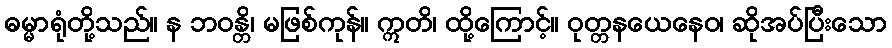
ဓမ္မာရုံတို့သည်။ န ဘဝန္တိ၊ မဖြစ်ကုန်။ ဣတိ၊ ထို့ကြောင့်။ ဝုတ္တနယေနေဝ၊ ဆိုအပ်ပြီးသော